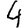
Digit: 4